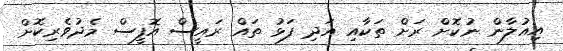
އިއުލާން ނުކޮށް ރަށް ތަކާއި އަދި ފަޅު ތައް ރައީސް އޮފީސް މެދުވެރިކޮށް